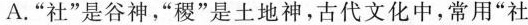
A.”社”是谷神，”稷“是土地神，古代文化中，常用”社